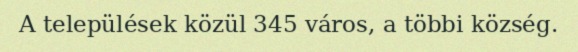
A települések közül 345 város, a többi község.